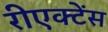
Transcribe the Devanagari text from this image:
रीएक्टेंस